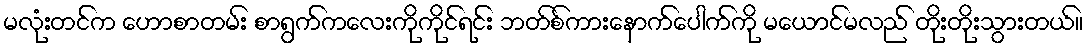
မလုံးတင်က ဟောစာတမ်း စာရွက်ကလေးကိုကိုင်ရင်း ဘတ်စ်ကားနောက်ပေါက်ကို မယောင်မလည် တိုးတိုးသွားတယ်။